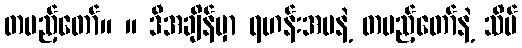
တပည့်တော်။ ။ ဒီအချိန်မှာ ရဟန်းအမနဲ့ တပည့်တော်နဲ့ သိပ်